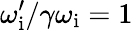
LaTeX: \omega_{\mathrm{i}}^{\prime}/\gamma\omega_{\mathrm{i}}=1